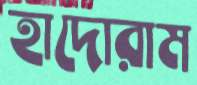
হাদোরাম